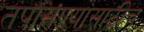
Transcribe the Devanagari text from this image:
तपासण्यांसाठीच